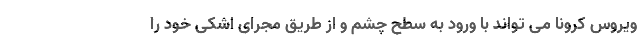
ویروس کرونا می تواند با ورود به سطح چشم و از طریق مجرای اشکی خود را